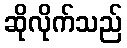
ဆိုလိုက်သည်